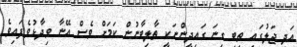
އަދި ޖަލުގައި ތިބި ގިނަ ގައިދީންނަކީ ތާލިބާނުން ކަމަށް ވެސް އޭނާ ވިދާޅުވެފައިވެ